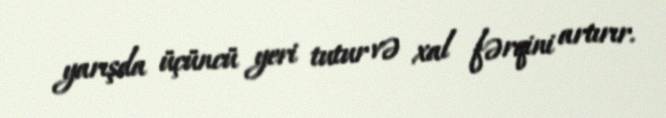
yarışda üçüncü yeri tutur və xal fərqini artırır.